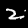
Digit: 2